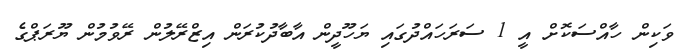
ވަކިން ހާއްސަކޮށް އީ 1 ސަރަހައްދުގައި ޔަހޫދީން އާބާދުކުރަން އިޒްރޭލުން ރޭވުމުން ޔޫރަޕްގެ